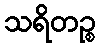
သရိတဉ္စ